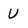
Character: U